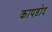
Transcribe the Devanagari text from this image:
कापड़ोद